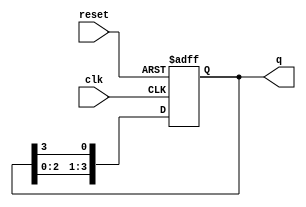

module johnson_counter(
    input wire clk, // Clock input
    input wire reset, // Reset input
    output reg [3:0] q // Output
);

always @(posedge clk or posedge reset)
begin
    if (reset)
        q <= 4'b0001; // Reset to initial state
    else
        q <= {q[2:0], q[3]}; // Shift right
end

endmodule